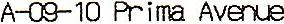
A-09-10 PRIMA AVENUE